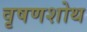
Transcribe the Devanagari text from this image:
वृषणशोथ